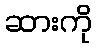
ဆားကို